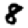
Digit: 8